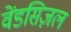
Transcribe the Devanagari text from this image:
वेंडसिज़ल